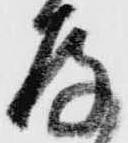
存